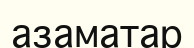
азаматар